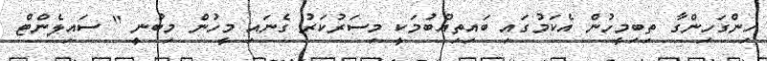
ހިންގަހިންގާ ތިބިމީހުން އެކަމުގައި ބައިތިއްބުމަކީ މިސަރުކަރު ގެނައި މީހުން މިބުނީ " ސައިލެންޓް